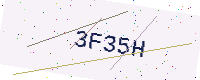
Text: 3F35H